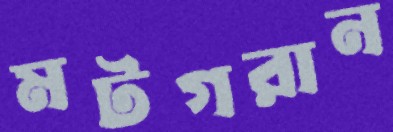
মটগরান